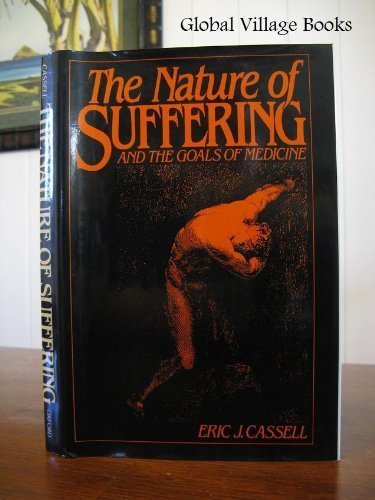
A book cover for The Nature of Suffering and the Goals of Medicine; Eric J. Cassell; Medical Books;